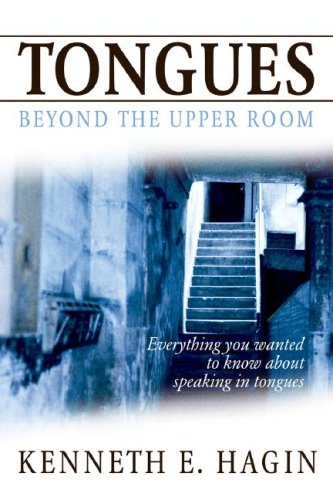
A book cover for Tongues: Beyond the Upper Room; Kenneth E. Hagin; Christian Books & Bibles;